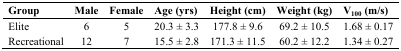
<table><thead><tr><td><b>Group</b></td><td><b>Male</b></td><td><b>Female</b></td><td><b>Age (yrs)</b></td><td><b>Height (cm)</b></td><td><b>Weight (kg)</b></td><td><b>V<sub>100</sub> (m/s)</b></td></tr></thead><tbody><tr><td>Elite</td><td>6</td><td>5</td><td>20.3 ± 3.3</td><td>177.8 ± 9.6</td><td>69.2 ± 10.5</td><td>1.68 ± 0.17</td></tr><tr><td>Recreational</td><td>12</td><td>7</td><td>15.5 ± 2.8</td><td>171.3 ± 11.5</td><td>60.2 ± 12.2</td><td>1.34 ± 0.27</td></tr></tbody></table>